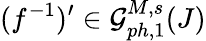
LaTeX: (f^{-1})^{\prime}\in\mathcal{G}_{ph,1}^{M,s}(J)